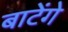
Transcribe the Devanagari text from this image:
बाटेंगे